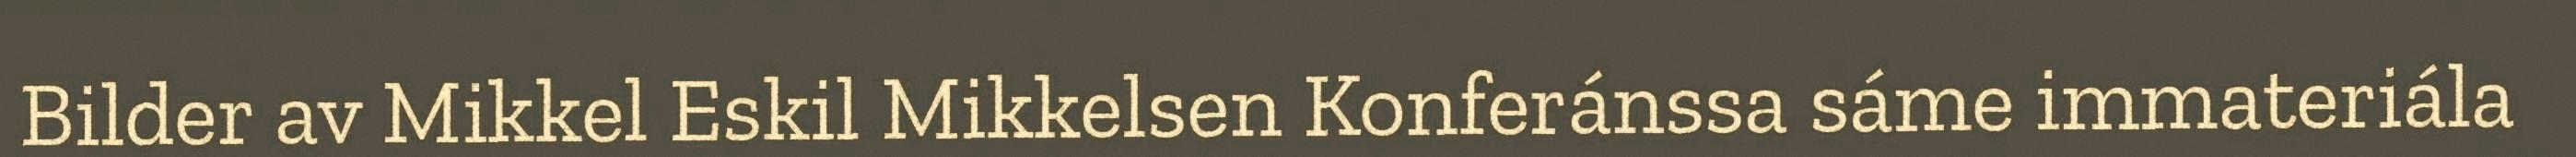
Bilder av Mikkel Eskil Mikkelsen Konferánssa sáme immateriála